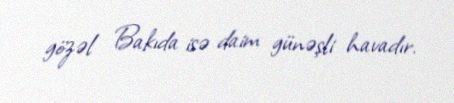
gözəl Bakıda isə daim günəşli havadır.